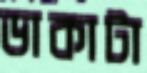
ডাকাটা